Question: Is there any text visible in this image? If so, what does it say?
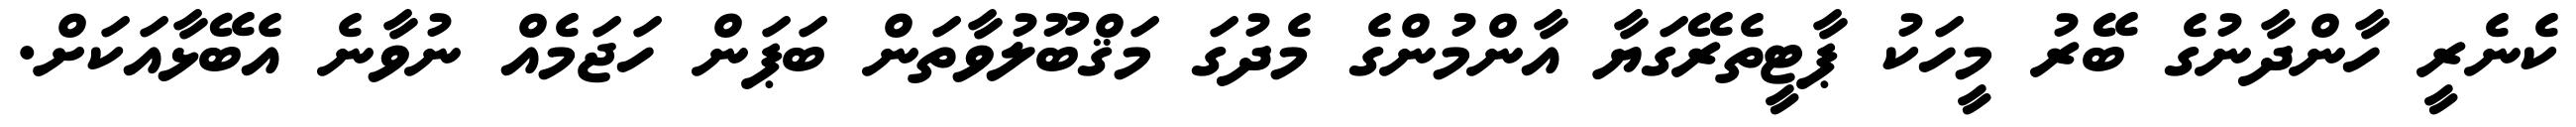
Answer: ކެނެރީ ހާންދާނުގެ ބޭރު މީހަކު ޕާޓީތެރޭގަޔާ އާންމުންގެ މެދުގަ މަޤްބޫލުވާތަން ބަޕަން ހަޖަމެއް ނުވާނެ އެބޭޅާއަކަށް.